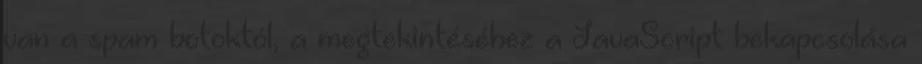
van a spam botoktól, a megtekintéséhez a JavaScript bekapcsolása